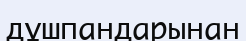
дұшпандарынан